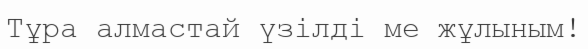
Тұра алмастай үзілді ме жұлыным!